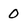
Character: 0